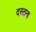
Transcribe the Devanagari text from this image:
दस्तना